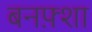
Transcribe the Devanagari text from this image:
बनफ़्शा